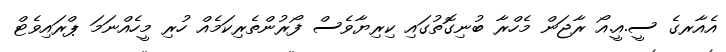
އެއާރގެ ސީ.އީ.އޯ ރާޖަން މެހްރާ ބުނިގޮތުގައި ކިރިޔާވެސް ފޯރުންތެރިކަމެއް ހުރި މީހެއްނަމަ ޕްރައިވެޓް